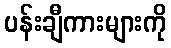
ပန်းချီကားများကို